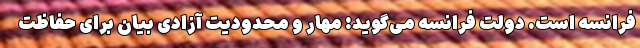
فرانسه است. دولت فرانسه می‌گوید: مهار و محدودیت آزادی بیان برای حفاظت